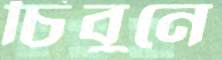
চিবুনে